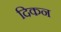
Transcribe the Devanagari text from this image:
दिकन